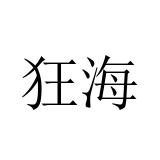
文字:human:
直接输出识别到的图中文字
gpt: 狂海